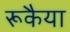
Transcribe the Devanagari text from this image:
रूकैया